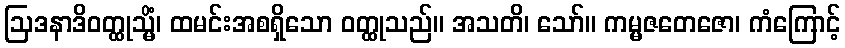
ဩဒနာဒိဝတ္ထုသ္မိံ၊ ထမင်းအစရှိသော ဝတ္ထုသည်။ အသတိ၊ သော်။ ကမ္မဇတေဇော၊ ကံကြောင့်